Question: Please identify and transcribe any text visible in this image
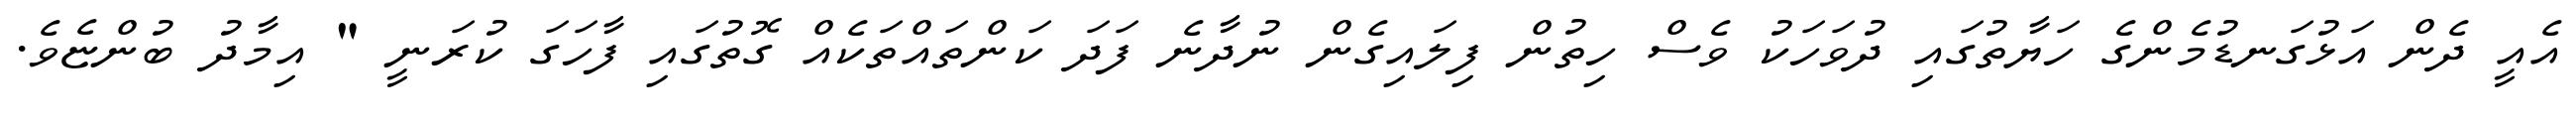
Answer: އެއީ ދެން އަޅުގަނޑުމެންގެ ހަޔާތުގައި ދުވަހަކު ވެސް ހިތުން ފިލައިގެން ނުދާނެ ފަދަ ކަންތައްތަކެއް ގޮތުގައި ފާހަގަ ކުރަނީ " އިމާދު ބުންޏެވެ.